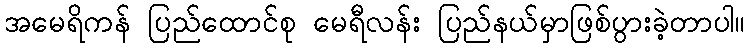
အမေရိကန် ပြည်ထောင်စု မေရီလန်း ပြည်နယ်မှာဖြစ်ပွားခဲ့တာပါ။